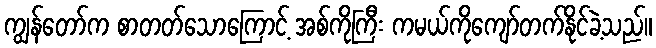
ကျွန်တော်က စာတတ်သောကြောင့် အစ်ကိုကြီး ကမယ်ကိုကျော်တက်နိုင်ခဲ့သည်။